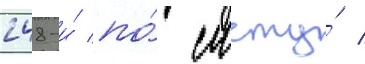
248-и́ по́ счету́ /